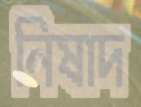
নিষাদ